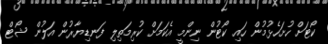
ކޯޓަށް ހުށަހެޅުމުން ހައި ކޯޓުން ނިންމީ އެކަމަށް ކުރިމަތިލި ފަނޑިޔާރުން އަލުން ޝޯޓް